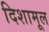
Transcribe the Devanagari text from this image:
दिशामूल